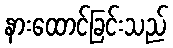
နားထောင်ခြင်းသည်